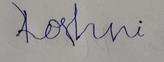
Signature authenticity: forged